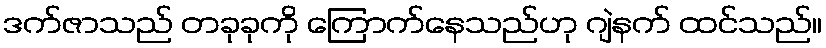
ဒက်ဇာသည် တခုခုကို ကြောက်နေသည်ဟု ဂျဲနက် ထင်သည်။